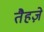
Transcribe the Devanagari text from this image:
तैहज़े